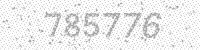
Solution: 785776